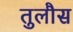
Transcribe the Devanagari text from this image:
तुलौस